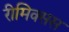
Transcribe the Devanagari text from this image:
रीमिक्सस